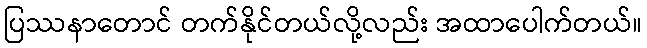
ပြဿနာတောင် တက်နိုင်တယ်လို့လည်း အထာပေါက်တယ်။